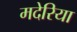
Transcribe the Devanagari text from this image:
मदेरिया